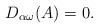
LaTeX: \begin{align*}D_{\alpha\omega}(A)=0.\end{align*}